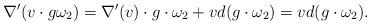
LaTeX: \begin{align*} \nabla'(v\cdot g\omega_2) =\nabla'(v)\cdot g\cdot\omega_2+vd(g\cdot \omega_2) =vd(g\cdot \omega_2). \end{align*}